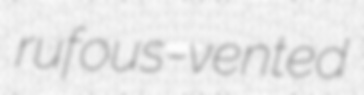
rufous-vented